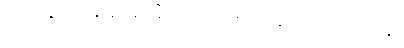
ကုသဂ္ဂေနပိ၊ သမန်းမြက်ဖျားဖြင့်လည်း။ ဂဟေတွာ၊ ယူ၍။ ဥပသိင်္ဃိယမာနော၊